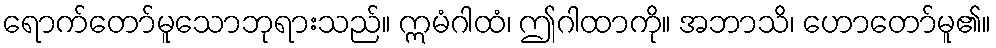
ရောက်တော်မူသောဘုရားသည်။ ဣမံဂါထံ၊ ဤဂါထာကို။ အဘာသိ၊ ဟောတော်မူ၏။